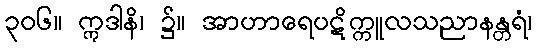
၃၀၆။ ဣဒါနိ၊ ၌။ အာဟာရေပဋိက္ကူလသညာနန္တရံ၊